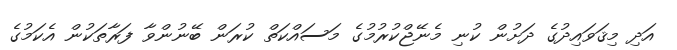
އަދި މިޤަވައިދުގެ ދަށުން ކުނި މެނޭޖްކުރުމުގެ މަސައްކަތް ކުރަން ބޭނުންވާ ފަރާތަކުން އެކަމުގެ